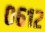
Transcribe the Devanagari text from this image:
०६१२